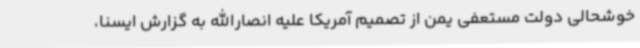
خوشحالی دولت مستعفی یمن از تصمیم آمریکا علیه انصارالله به گزارش ایسنا،